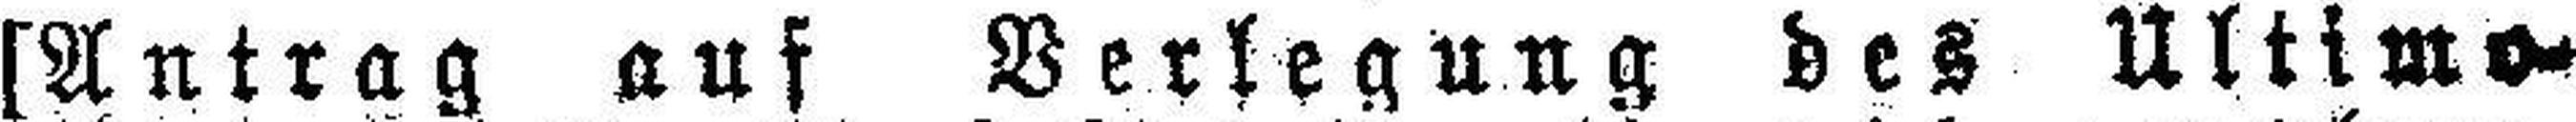
[Antrag auf Verlegung des Ultimo¬